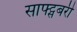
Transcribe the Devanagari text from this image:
साफ्ट्सबरी